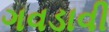
ગવડાવી